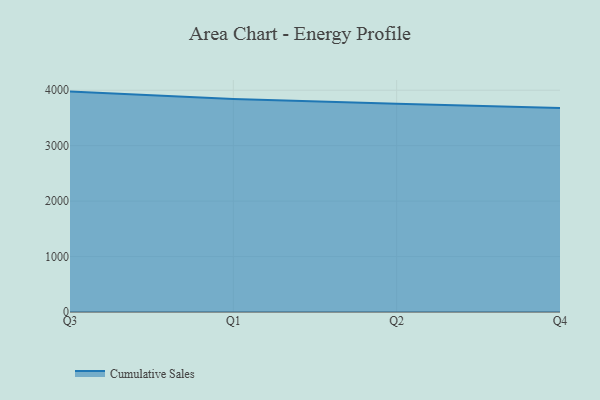
{"axis": {"x": "Quarter", "y": "Page Views"}, "legend": ["Cumulative Sales"], "data": [{"x": "Q3", "y": 3975.2, "type": "Cumulative Sales"}, {"x": "Q1", "y": 3842.0, "type": "Cumulative Sales"}, {"x": "Q2", "y": 3758.3, "type": "Cumulative Sales"}, {"x": "Q4", "y": 3681.6, "type": "Cumulative Sales"}]}